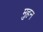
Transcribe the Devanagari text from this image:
मुहन